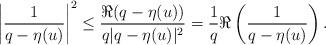
LaTeX: \begin{align*}\left|\frac{1}{q-\eta(u)}\right|^2&\leq \frac{\Re(q-\eta(u))}{q|q-\eta(u)|^2}=\frac{1}{q}\Re\left(\frac{1}{q-\eta(u)}\right).\end{align*}